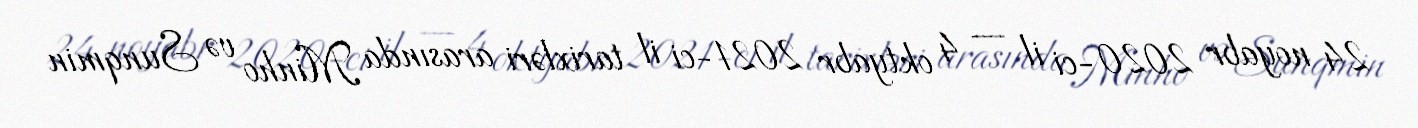
24 noyabr 2020-ci il — 4 oktyabr 2021-ci il tarixləri arasında Minho və Sunqmin